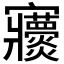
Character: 𡬖